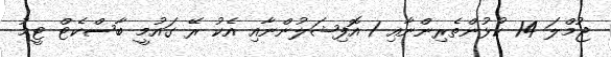
ޖުމްލަ 14 ކުޅުންތެރިންނާއި 1 އޮފިޝަލުންނާއި އެކު ރޭ ގައުމީ ބާސްކެޓް ޓީމު